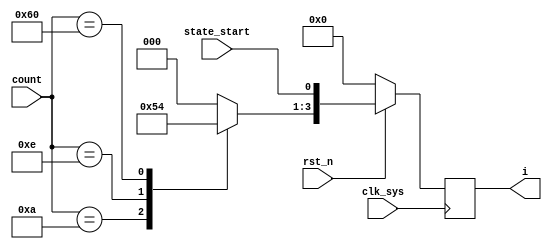
// dds_coder.v
module dds_coder(
                 clk_sys,
                 rst_n,
                 state_start,
                 count,
                 i
                );

input clk_sys;
input rst_n;
input state_start;
input [7:0] count;

output [3:0] i;

reg [2:0] i_reg;
reg [3:0] i;

parameter [7:0] rst_para1 = 8'd10,
                rst_para2 = 8'd14,
                over_para = 8'd96;
                //over_para = 8'd98;

always @ (count)
    begin
         case (count)
             rst_para1:
                 i_reg = 3'b001;
             rst_para2:
                 i_reg = 3'b010;
             over_para:
                 i_reg = 3'b100;
             default:
                 i_reg = 3'b000;
        endcase
    end

always @ (posedge clk_sys)
    begin
         if (rst_n == 1'b0)
             i <= 4'b0;
         else
             i <= {i_reg, state_start};
    end

endmodule